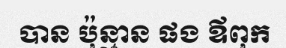
បាន ប៉ុន្មាន ផង ឪពុក